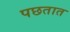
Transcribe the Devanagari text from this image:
पछतात